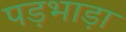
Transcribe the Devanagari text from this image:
पड़भाड़ा